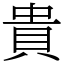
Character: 貴